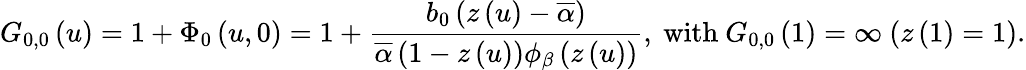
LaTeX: G_{0,0}\left(u\right)=1+\Phi_{0}\left(u,0\right)=1+\frac{b_{0}\left(z\left(u\right)-\overline{{\alpha}}\right)}{\overline{{\alpha}}\left(1-z\left(u\right)\right)\phi_{\beta}\left(z\left(u\right)\right)}\mathrm{,~with~}G_{0,0}\left(1\right)=\infty\mathrm{~(}z\left(1\right)=1\mathrm{).}